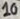
Text: 10